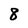
Character: 8